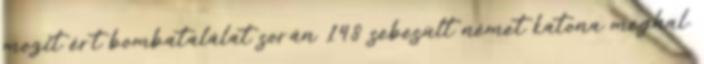
mozit ért bombatalálat során 148 sebesült német katona meghal.